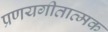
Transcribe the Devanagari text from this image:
प्रणयगीतात्मक